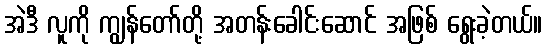
အဲဒီ လူကို ကျွန်တော်တို့ အတန်းခေါင်းဆောင် အဖြစ် ရွေးခဲ့တယ်။